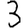
Digit: 3